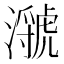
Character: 㶁